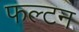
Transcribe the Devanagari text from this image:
फल्टन